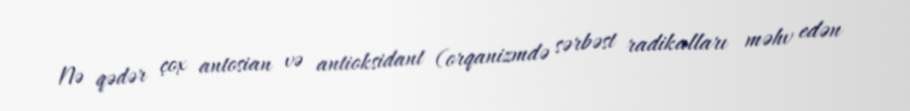
Nə qədər çox antosian və antioksidant (orqanizmdə sərbəst radikalları məhv edən